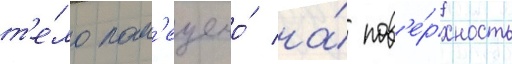
т'е́ло пом'ещено́ на́ пов'е́рхность